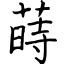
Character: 蒔